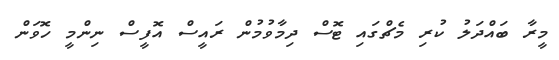
މީރާ ބައްދަލު ކުރި މެޗްގައި ޓޮސް ދިމާވުމުން ރައީސް އޮފީސް ނިންމީ ހޮވަން